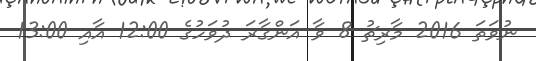
ނުވަތަ 2016 މާރިޗު 8 ވާ އަންގާރަ ދުވަހުގެ 12:00 އާއި 13:00